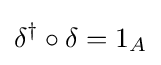
\delta ^{\dagger }\circ \delta =1_{A}